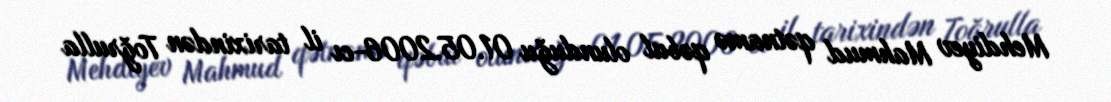
Mehdiyev Mahmud qətnamə qəbul olunduğu 01.05.2006-cı il tarixindən Toğrulla